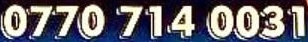
0770 714 0031